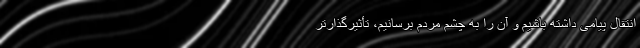
انتقال پیامی داشته باشیم و آن را به چشم مردم برسانیم، تأثیرگذارتر